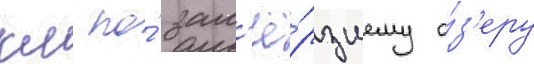
км по́ зам'ё́рзшему о́з'еру